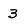
Character: 3